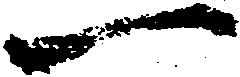
一